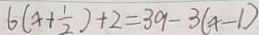
6 ( x + \frac { 1 } { 2 } ) + 2 = 3 9 - 3 ( x - 1 )